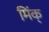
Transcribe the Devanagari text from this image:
मिंक्